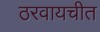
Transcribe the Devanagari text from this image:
ठरवायचीत